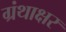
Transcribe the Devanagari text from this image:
ग्रंथाक्षर